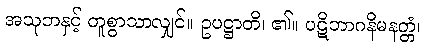
အသုဘနှင့် တူစွာသာလျှင်။ ဥပဋ္ဌာတိ၊ ၏။ ပဋိဘာဂနိမနတ္တံ၊